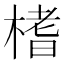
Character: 榰